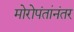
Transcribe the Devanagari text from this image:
मोरोपंतांनंतर